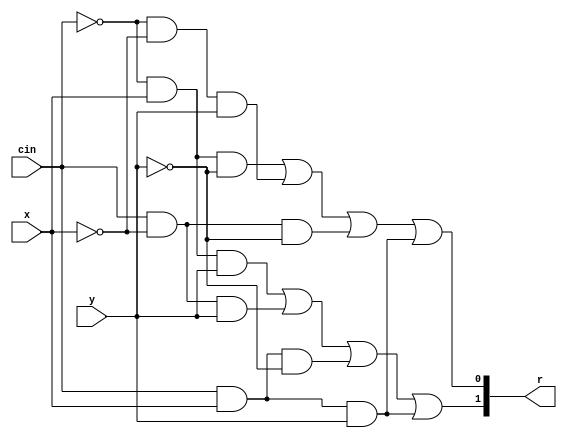
`timescale 1ns / 1ps

module FA(
    input x,
    input y,
    input cin,
    output [1:0]r
    );
    assign r[0]=  ((~cin) & x &(~y)) | ((~cin) &(~x)&y ) | (cin &(~x) &(~y)) | (cin & x & y)     ;
    assign r[1] = ((~cin) & x &y) | ((cin) &(~x)&y ) | (cin &(x) &(~y)) | (cin & x & y)  ;
endmodule